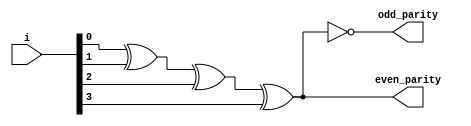
module parity_generator(output even_parity, output odd_parity, input [3:0] i);
    assign even_parity = (i[0] ^ i[1] ^ i[2] ^ i[3]);
    assign odd_parity = ~(i[0] ^ i[1] ^ i[2] ^ i[3]);
endmodule